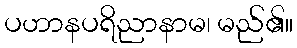
ပဟာနပရိညာနာမ၊ မည်၏။